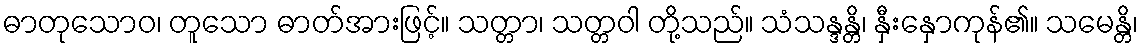
ဓာတုသောဝ၊ တူသော ဓာတ်အားဖြင့်။ သတ္တာ၊ သတ္တဝါ တို့သည်။ သံသန္ဒန္တိ၊ နှီးနှောကုန်၏။ သမေန္တိ၊